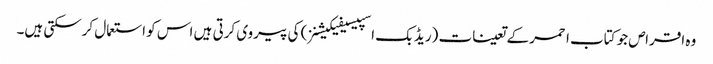
وہ اقراص جو کتاب احمر کے تعینات (ریڈ بک اسپیسیفیکیشنز) کی پیروی کرتی ہیں اس کو استعمال کرسکتی ہیں۔